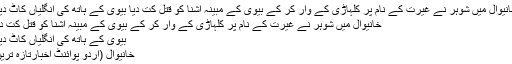
خانیوال میں شوہر نے غیرت کے نام پر کلہاڑی کے وار کر کے بیوی کے مبینہ آشنا کو قتل کت دیا بیوی کے ہاتھ کی انگلیاں کاٹ دیں
خانیوال میں شوہر نے غیرت کے نام پر کلہاڑی کے وار کر کے بیوی کے مبینہ آشنا کو قتل کت دیا
بیوی کے ہاتھ کی انگلیاں کاٹ دیں
خانیوال (اُردو پوائنٹ اخبارتازہ ترین۔